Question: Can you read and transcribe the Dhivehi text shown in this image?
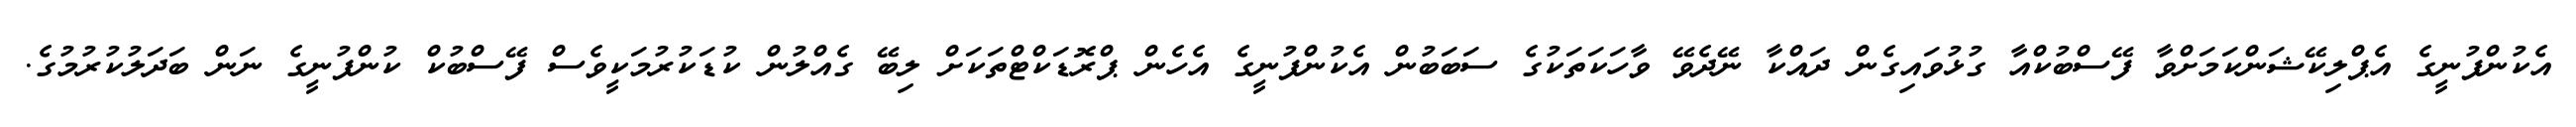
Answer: އެކުންފުނީގެ އެޕްލިކޭޝަންކަމަށްވާ ފޭސްބުކްއާ ގުޅުވައިގެން ދައްކާ ނޭދެވޭ ވާހަކަތަކުގެ ސަބަބުން އެކުންފުނީގެ އެހެން ޕްރޮޑަކްޓްތަކަށް ލިބޭ ގެއްލުން ކުޑަކުރުމަކީވެސް ފޭސްބުކް ކުންފުނީގެ ނަން ބަދަލުކުރުމުގެ.